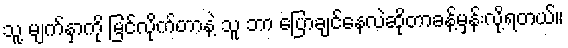
သူ့ မျက်နှာကို မြင်လိုက်တာနဲ့ သူ ဘာ ပြောချင်နေလဲဆိုတာခန့်မှန်းလို့ရတယ်။